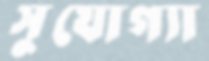
সুযোগ্যা